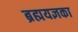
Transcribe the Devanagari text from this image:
ब्रह्मयज्ञका